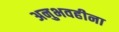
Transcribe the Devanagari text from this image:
अनुभवहीना